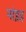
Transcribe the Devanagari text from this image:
मांइड